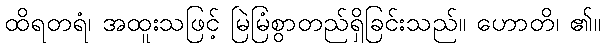
ထိရတရံ၊ အထူးသဖြင့် မြဲမြံစွာတည်ရှိခြင်းသည်။ ဟောတိ၊ ၏။